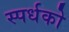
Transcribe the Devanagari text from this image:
स्पर्धको